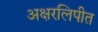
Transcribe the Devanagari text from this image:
अक्षरलिपीत